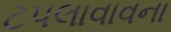
ટપલાવાવના